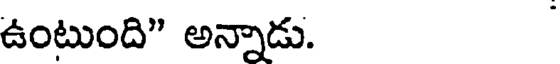
ఉంటుంది" అన్నాడు.